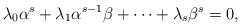
\begin{align*}\lambda_0 \alpha^s+\lambda_1\alpha^{s-1}\beta+\cdots +\lambda_s\beta^s=0,\end{align*}